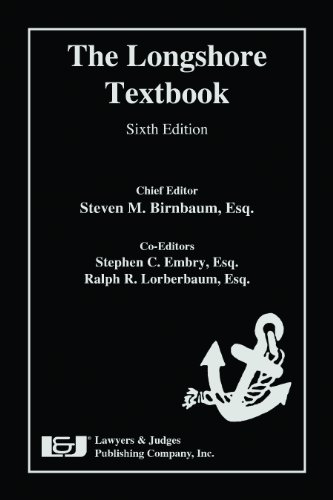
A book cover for The Longshore Textbook, Sixth Edition; Steven M. Birnbaum; Law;